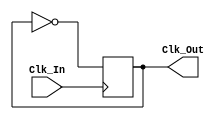
module Clock(
    input Clk_In, // input clock signal
    output reg Clk_Out // output clock signal
);
initial Clk_Out = 1'b0; // initialize clock to zero
always @(posedge Clk_In) begin
    Clk_Out <= ~Clk_Out; // toggle output clock signal
end
endmodule